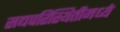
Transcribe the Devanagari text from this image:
सद्यपरिस्थितीमध्ये